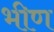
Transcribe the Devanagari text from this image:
भीण